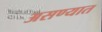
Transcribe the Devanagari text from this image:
असण्यात